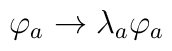
\varphi_{a} \rightarrow  \lambda_{a} \varphi_{a}